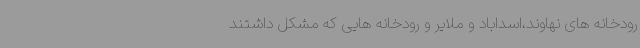
رودخانه های نهاوند،اسداباد و ملایر و رودخانه هایی که مشکل داشتند